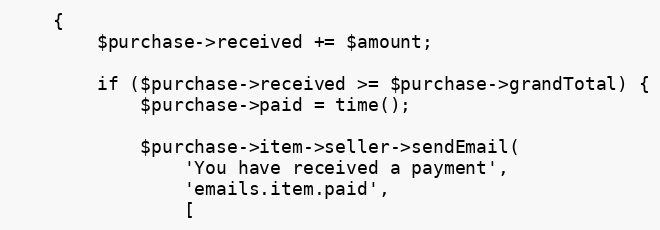
Language: PHP
    {
        $purchase->received += $amount;

        if ($purchase->received >= $purchase->grandTotal) {
            $purchase->paid = time();

            $purchase->item->seller->sendEmail(
                'You have received a payment',
                'emails.item.paid',
                [